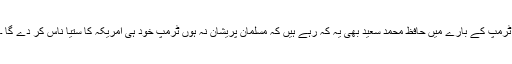
ٹرمپ کے بارے میں حافظ محمد سعید بھی یہ کہ رہے ہیں کہ مسلمان پریشان نہ ہوں ٹرمپ خود ہی امریکہ کا ستیا ناس کر دے گا ۔